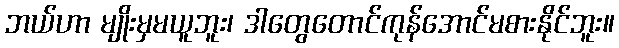
ဘယ်ဟာ မျိုးမှမယူဘူး၊ ဒါတွေတောင်ကုန်အောင်မစားနိုင်ဘူး။